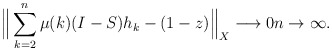
\begin{align*} \Big\| \sum\limits_{k=2}^{n} \mu(k)(I-S)h_k - (1-z) \Big\|_{X} \longrightarrow 0 n \to \infty. \end{align*}